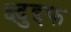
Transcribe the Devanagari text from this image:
क्ष्दुइफ